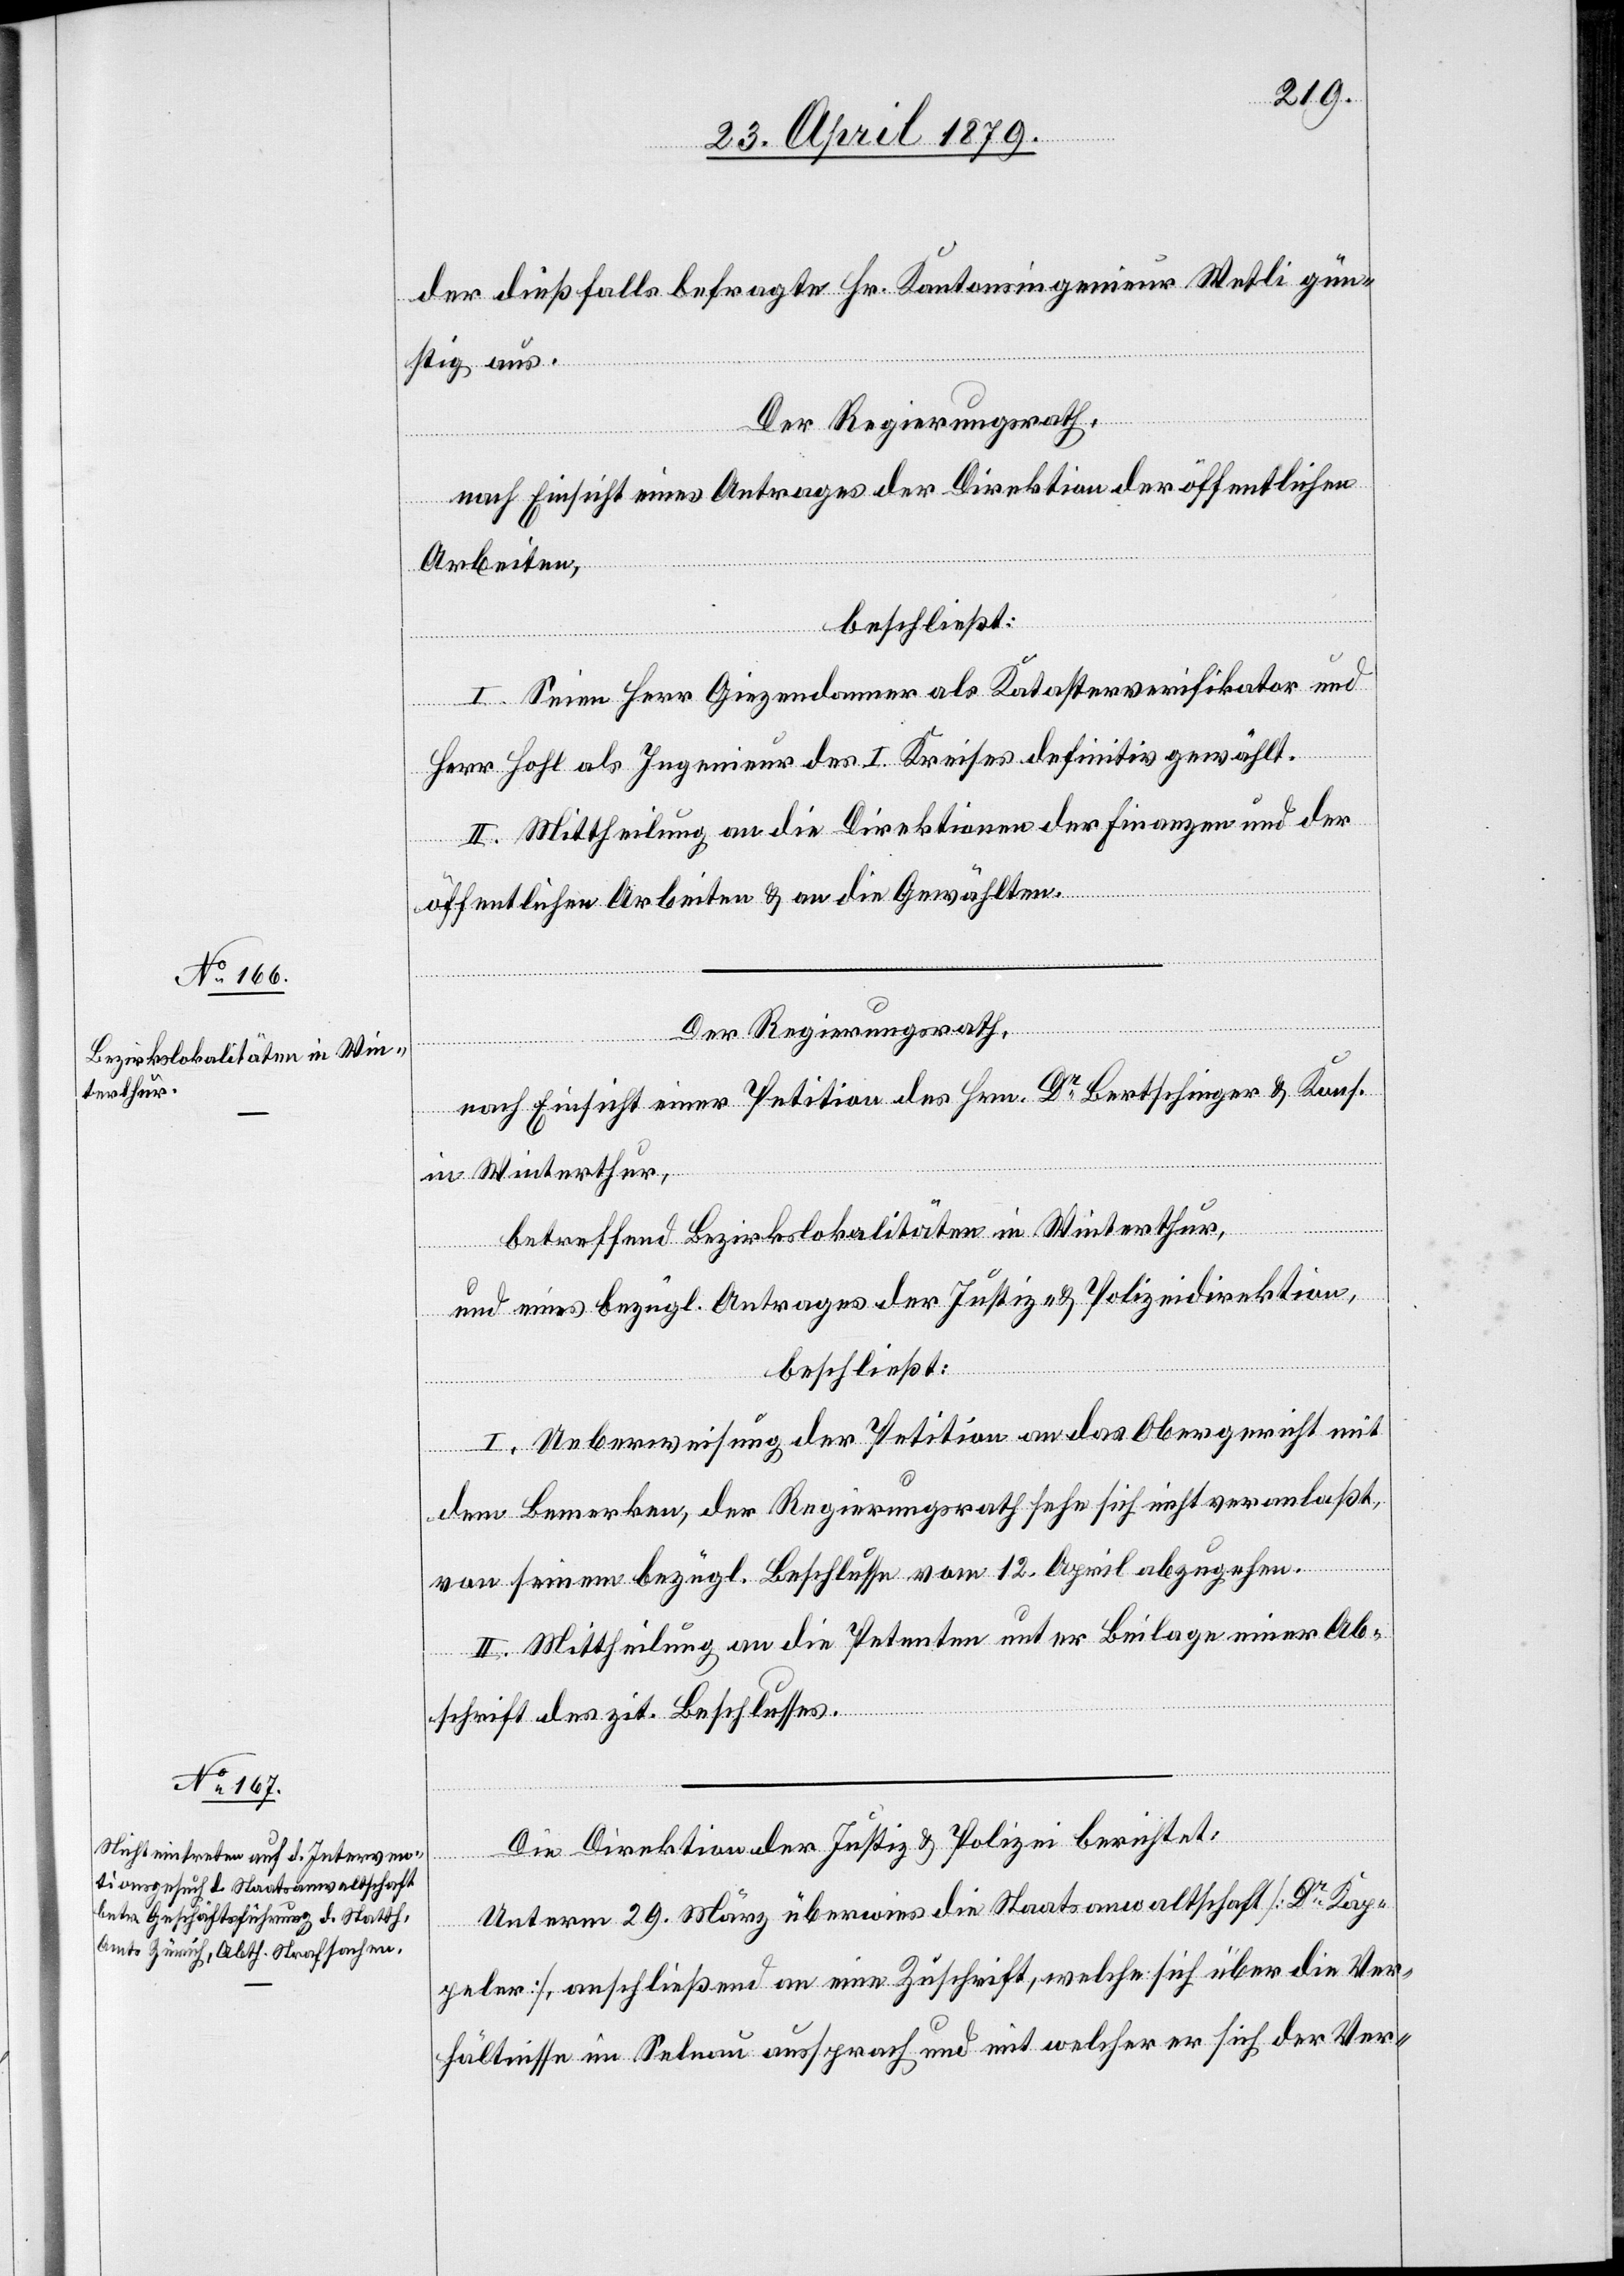
der dießfalls befragte Hr. Kantonsingenieur Wetli gün¬
stig aus.
Der Regierungsrath,
nach Einsicht eines Antrages der Direktion der öffentlichen
Arbeiten,
beschließt:
I. Seien Herr Giezendanner als Katasterverifikator und
Herr Hohl als Ingenieur des I. Kreises definitiv gewählt.
II. Mittheilung an die Direktionen der Finanzen und der
öffentlichen Arbeiten & an die Gewählten.
Der Regierungsrath,
nach Einsicht einer Petition des Hrn. Dr Bertschinger & Kons.
in Winterthur,
betreffend Bezirkslokalitäten in Winterthur,
und eines bezügl. Antrages der Justiz- & Polizeidirektion,
beschließt:
I. Ueberweisung der Petition an das Obergericht mit
dem Bemerken, der Regierungsrath sehe sich nicht veranlaßt,
von seinem bezügl. Beschlusse vom 12. April abzugehen.
II. Mittheilung an die Petenten unter Beilage einer Ab¬
schrift des zit. Beschlusses.